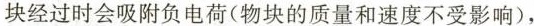
块经过时会吸附负电荷(物块的质量和速度不受影响)，